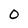
Character: O